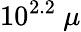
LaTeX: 10^{2.2}~\mu